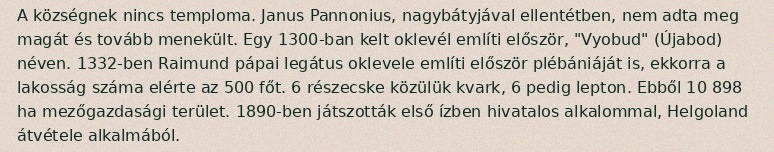
A községnek nincs temploma. Janus Pannonius, nagybátyjával ellentétben, nem adta meg magát és tovább menekült. Egy 1300-ban kelt oklevél említi először, "Vyobud" (Újabod) néven. 1332-ben Raimund pápai legátus oklevele említi először plébániáját is, ekkorra a lakosság száma elérte az 500 főt. 6 részecske közülük kvark, 6 pedig lepton. Ebből 10 898 ha mezőgazdasági terület. 1890-ben játszották első ízben hivatalos alkalommal, Helgoland átvétele alkalmából.